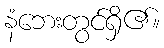
နံဘေးတွင်ရှိ၏။